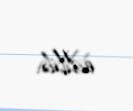
edilib.